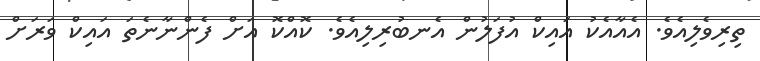
ތިރިވެލިއެވެ. އެއާއެކު އައިކް އުފަލުން އެނބުރިލިއެވެ. ކޮއްކޮ އަށް ފެންނާނެތަ އައިކް ވަރަށް